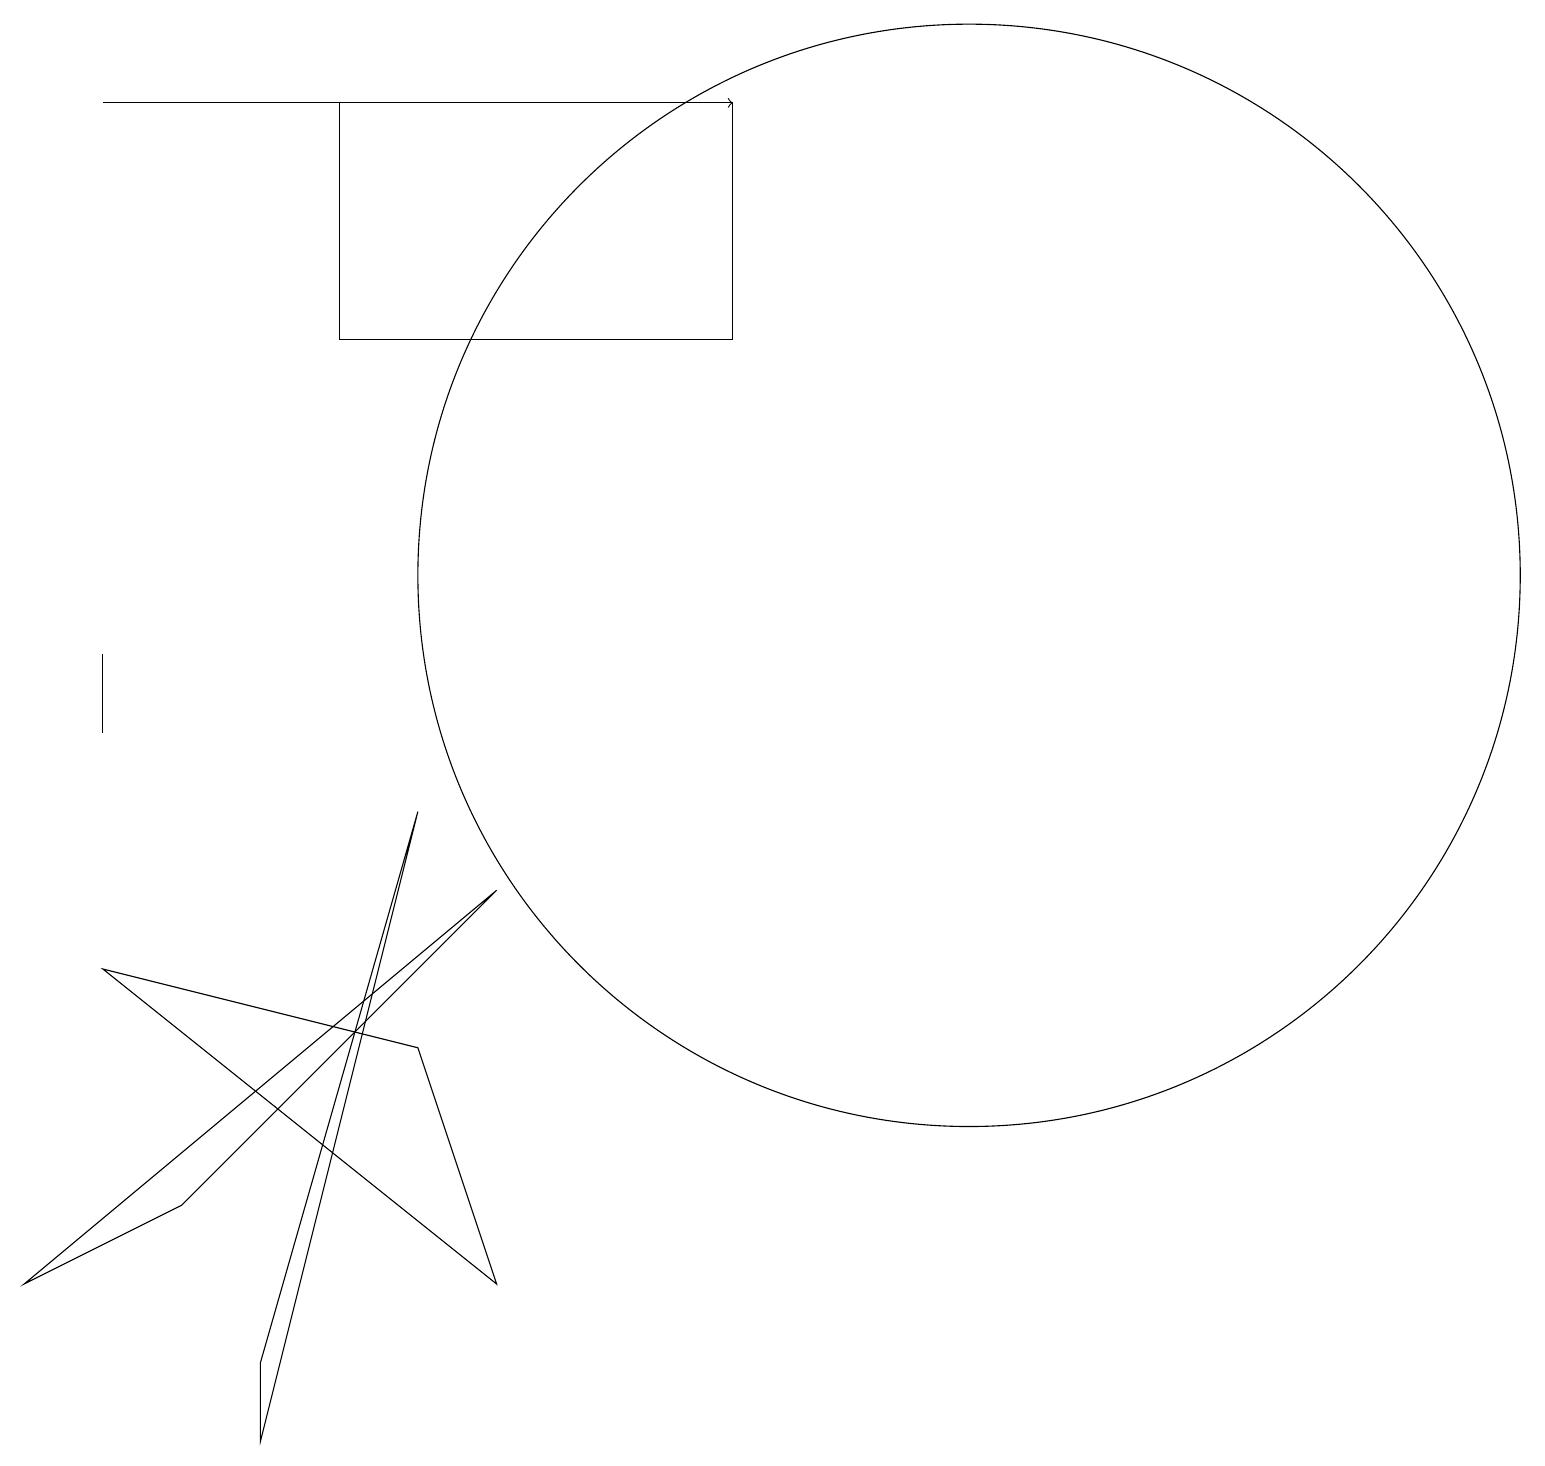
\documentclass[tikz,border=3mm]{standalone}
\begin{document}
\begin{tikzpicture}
\draw[->] (1,18) -- (9,18);
\draw (12,12) circle (7);
\draw (6,3) -- (1,7) -- (5,6) -- cycle;
\draw (9,15) rectangle (4,18);
\draw (2,4) -- (6,8) -- (0,3) -- cycle;
\draw (1,10) rectangle (1,11);
\draw (3,2) -- (3,1) -- (5,9) -- cycle;
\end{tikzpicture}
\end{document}